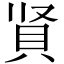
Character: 䝨